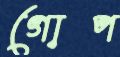
গোপ